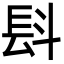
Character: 𣁸